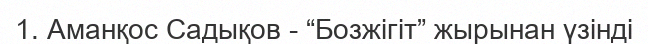
1. Аманқос Садықов - “Бозжігіт” жырынан үзінді